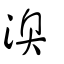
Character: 澳